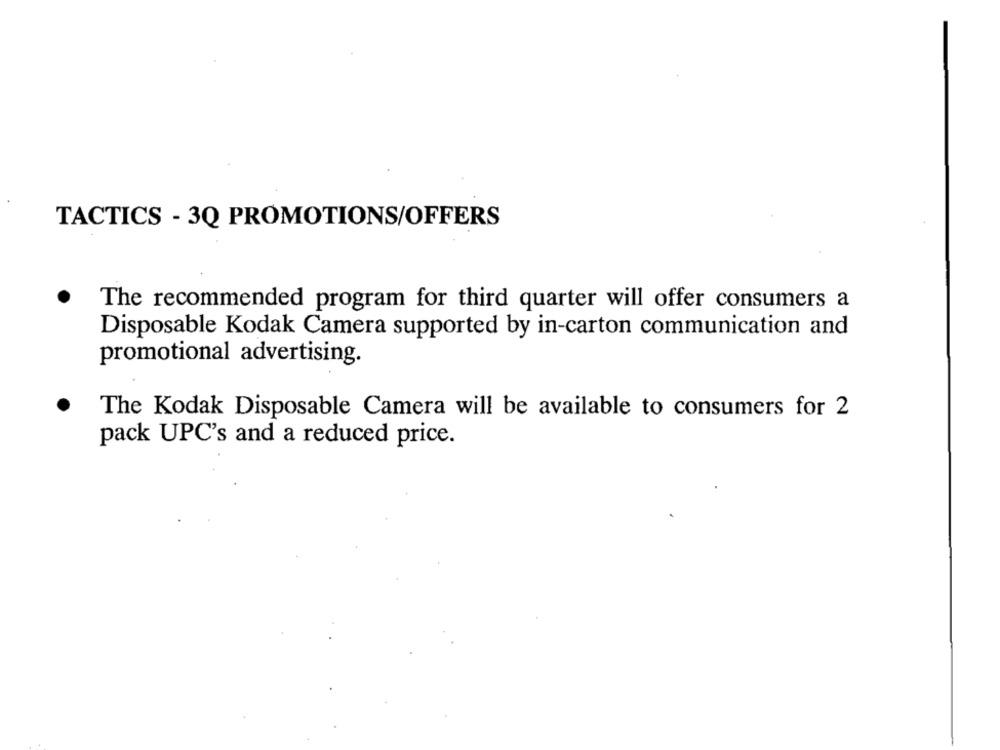
TACTICS - 3Q PROMOTIONS/OFFERS
The recommended program for third quarter will offer consumers a
Disposable Kodak Camera supported by in-carton communication and
promotional advertising.
The Kodak Disposable Camera will be available to consumers for 2
pack UPC's and a reduced price.